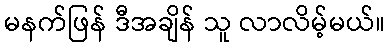
မနက်ဖြန် ဒီအချိန် သူ လာလိမ့်မယ်။